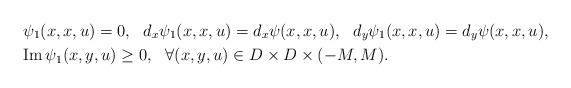
LaTeX: \begin{align*} &\psi_1(x, x,u)=0,\ \ d_x\psi_1(x, x,u)=d_x\psi(x,x,u),\ \ d_y\psi_1(x, x,u)=d_y\psi(x, x,u),\\&{\rm Im\,}\psi_1(x,y,u)\geq0,\ \ \forall (x,y,u)\in D\times D\times(-M,M).\end{align*}